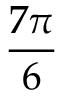
\frac { 7 \pi } { 6 }